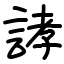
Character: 誟